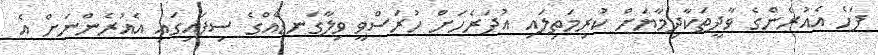
ފަހެ އެއުރެންގެ ވާދީތަކާދިމާޔަށް ކުރިމަތިލައި އުދަރެހަށް ހުރަސްވީ ވިލާގަނޑެއްގެ ސިފައިގައި އެއުރެންނަށް އެ